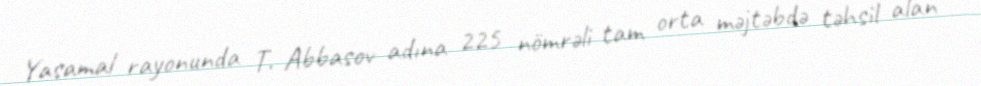
Yasamal rayonunda T. Abbasov adına 225 nömrəli tam orta məjtəbdə təhsil alan